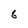
Character: 6